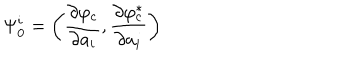
\Psi _ { 0 } ^ { i } = \left( \frac { \partial \varphi _ { c } } { \partial a _ { i } } , \frac { \partial \varphi _ { c } ^ { \ast } } { \partial a _ { i } } \right)